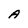
Character: A